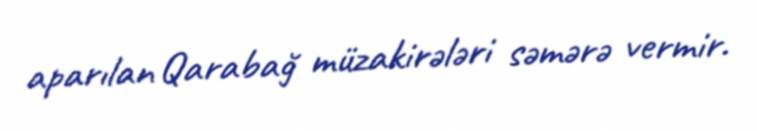
aparılan Qarabağ müzakirələri səmərə vermir.